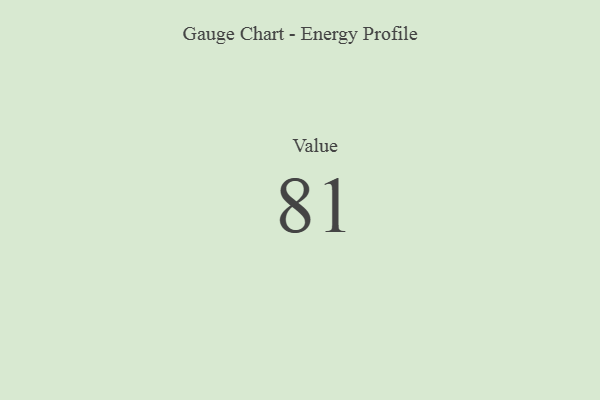
{"axis": {"x": "Metric", "y": "Value"}, "legend": [""], "data": [{"x": "Value", "y": 81, "type": ""}]}